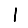
Digit: 1